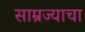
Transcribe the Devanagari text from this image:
साम्रज्याचा